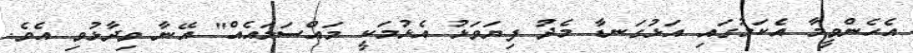
އެހެންވީމާ އެކަމުގައި އަޅުގަނޑާ މެދު ފިޔަވަޅު އެޅުމަކީ މައްސަލައެއް" އޭނާ ވިދާޅުވި އެވެ.